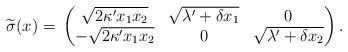
LaTeX: \begin{align*}\widetilde{\sigma}(x)= \,\begin{pmatrix}\sqrt{2\kappa' x_1 x_2} & \sqrt{\lambda' +\delta x_1} & 0\\-\sqrt{2\kappa' x_1 x_2}& 0& \sqrt{\lambda' +\delta x_2}\end{pmatrix}.\end{align*}